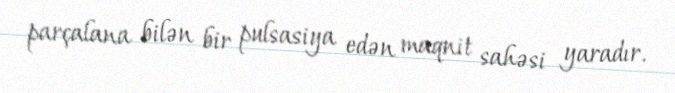
parçalana bilən bir pulsasiya edən maqnit sahəsi yaradır.